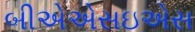
બીએએસઇએસ